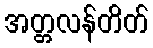
အတ္တလန်တိတ်